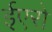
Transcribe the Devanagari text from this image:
ईएरो